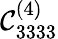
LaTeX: \mathcal{C}_{3333}^{(4)}